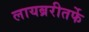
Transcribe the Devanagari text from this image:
लायब्ररीतर्फे